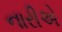
નારીએ